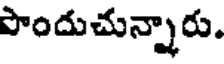
పొందుచున్నారు.